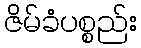
ဇိမ်ခံပစ္စည်း